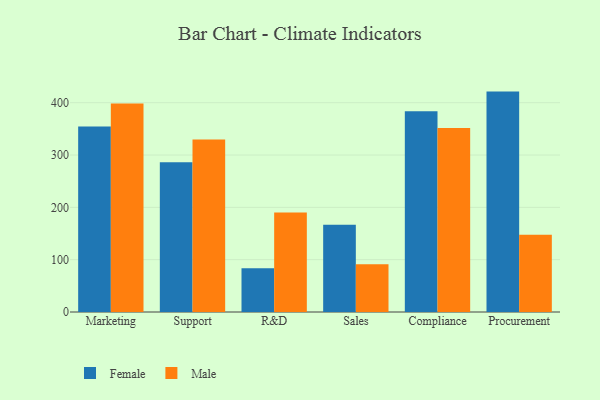
{"axis": {"x": "Department", "y": "Net Income (USD K)"}, "legend": ["Female", "Male"], "data": [{"x": "Marketing", "y": 354.4, "type": "Female"}, {"x": "Marketing", "y": 398.4, "type": "Male"}, {"x": "Support", "y": 286.1, "type": "Female"}, {"x": "Support", "y": 329.7, "type": "Male"}, {"x": "R&D", "y": 83.5, "type": "Female"}, {"x": "R&D", "y": 190.3, "type": "Male"}, {"x": "Sales", "y": 166.6, "type": "Female"}, {"x": "Sales", "y": 91.3, "type": "Male"}, {"x": "Compliance", "y": 383.7, "type": "Female"}, {"x": "Compliance", "y": 351.5, "type": "Male"}, {"x": "Procurement", "y": 421.2, "type": "Female"}, {"x": "Procurement", "y": 147.4, "type": "Male"}]}